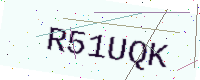
Text: R51UQK